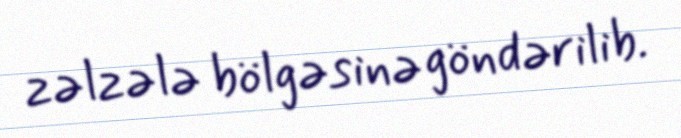
zəlzələ bölgəsinə göndərilib.